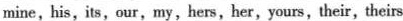
mine, his, its,our,my,hers, her,yours,their, theirs